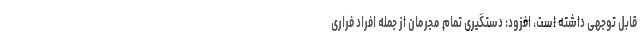
قابل توجهی داشته است، افزود: دستگیری تمام مجرمان از جمله افراد فراری